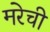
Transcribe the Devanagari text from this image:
मरेची